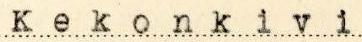
Kekonkivi